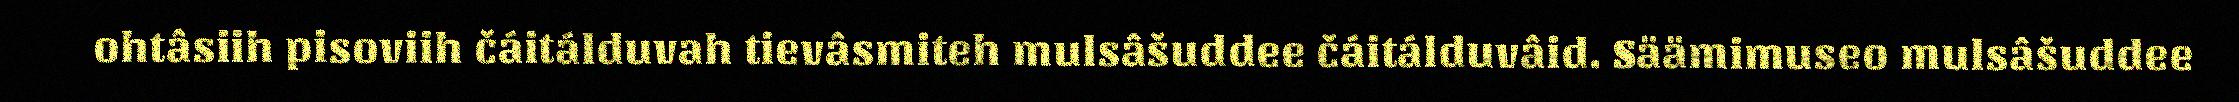
ohtâsiih pisoviih čáitálduvah tievâsmiteh mulsâšuddee čáitálduvâid. Säämimuseo mulsâšuddee